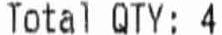
TOTAL QTY: 4